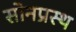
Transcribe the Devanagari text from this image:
सोनप्रस्थ